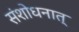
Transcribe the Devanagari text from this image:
संशोधनात्